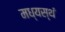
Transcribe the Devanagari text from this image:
मध्यस्थं